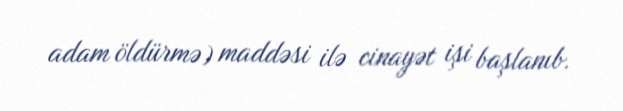
adam öldürmə) maddəsi ilə cinayət işi başlanıb.